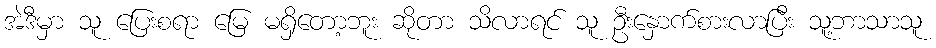
အဲဒီမှာ သူ ပြေးစရာ မြေ မရှိတော့ဘူး ဆိုတာ သိလာရင် သူ ဦးနှောက်စားလာပြီး သူ့ဘာသာသူ